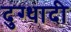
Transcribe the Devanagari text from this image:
दुग्धादी